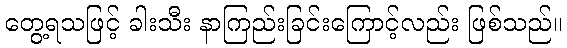
တွေ့ရသဖြင့် ခါးသီး နာကြည်းခြင်းကြောင့်လည်း ဖြစ်သည်။